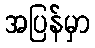
အပြန်မှာ